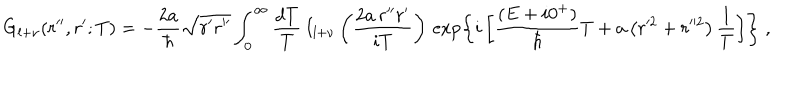
G _ { l + \nu } ( r ^ { \prime \prime } , r ^ { \prime } ; T ) = - \frac { 2 a } { \hbar } \sqrt { r ^ { \prime } r ^ { \prime \prime } } \int _ { 0 } ^ { \infty } \frac { d T } { T } \, I _ { l + \nu } \left( \frac { 2 a \, r ^ { \prime \prime } r ^ { \prime } } { i T } \right) \, \exp \left\{ i \left[ \frac { ( E + i 0 ^ { + } ) } { \hbar } T + a \left( r ^ { 2 } + r ^ { 2 } \right) \frac { 1 } { T } \right] \right\} \; ,